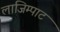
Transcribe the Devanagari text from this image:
लाजिम्पाट